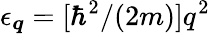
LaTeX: \epsilon_{\boldsymbol{q}}=[\hbar^{2}/(2m)]q^{2}